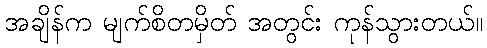
အချိန်က မျက်စိတမှိတ် အတွင်း ကုန်သွားတယ်။